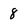
Character: 8